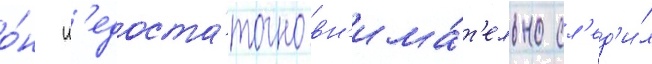
о́н н'едоста́точно вн'има́т'ельно сл'ед'и́л